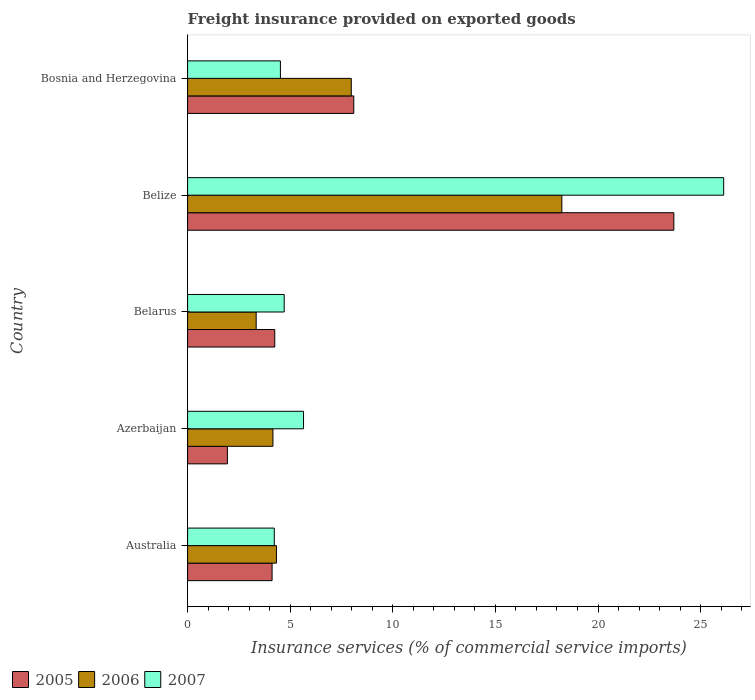
| Country | 2005 | 2006 | 2007 |
 | --- | --- | --- | --- |
 | Australia | 4.12 | 4.33 | 4.23 |
 | Azerbaijan | 1.94 | 4.16 | 5.65 |
 | Belarus | 4.25 | 3.34 | 4.71 |
 | Belize | 23.7 | 18.2 | 26.1 |
 | Bosnia and Herzegovina | 8.1 | 7.98 | 4.52 |